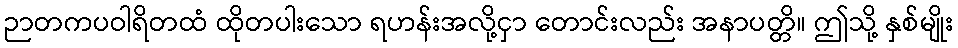
ဉာတကပဝါရိတထံ ထိုတပါးသော ရဟန်းအလို့ငှာ တောင်းလည်း အနာပတ္တိ။ ဤသို့ နှစ်မျိုး